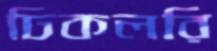
ঢিকলরি